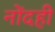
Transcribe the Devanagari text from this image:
नोंदही